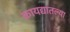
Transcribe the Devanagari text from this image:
कायद्यातल्या